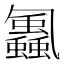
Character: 𮕕